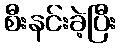
စီးနင်းခဲ့ပြီး